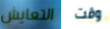
التعايش وقت